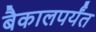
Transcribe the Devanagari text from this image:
बैकालपर्यंत